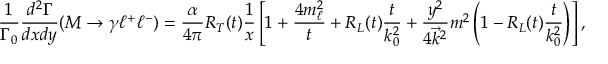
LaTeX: \displaystyle \frac { 1 } { \Gamma _ { 0 } } \displaystyle \frac { d ^ { 2 } \Gamma } { d x d y } ( M \to \gamma \ell ^ { + } \ell ^ { - } ) = \displaystyle \frac { \alpha } { 4 \pi } R _ { T } ( t ) \displaystyle \frac { 1 } { x } \left[ 1 + \displaystyle \frac { 4 m _ { \ell } ^ { 2 } } { t } + R _ { L } ( t ) \displaystyle \frac { t } { k _ { 0 } ^ { 2 } } + \displaystyle \frac { y ^ { 2 } } { 4 \vec { k } ^ { 2 } } m ^ { 2 } \left( 1 - R _ { L } ( t ) \displaystyle \frac { t } { k _ { 0 } ^ { 2 } } \right) \right] ,